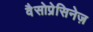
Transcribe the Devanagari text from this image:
वैसोप्रेसिनेज़